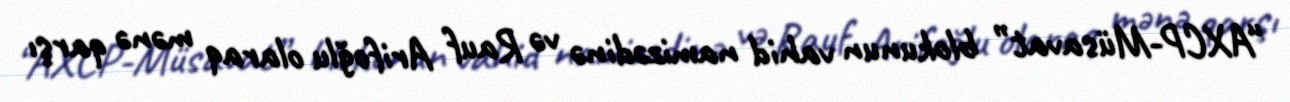
“AXCP-Müsavat” blokunun vahid namizədinə və Rauf Arifoğlu olaraq mənə qarşı